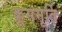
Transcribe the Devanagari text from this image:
क्रूसमूर्ति